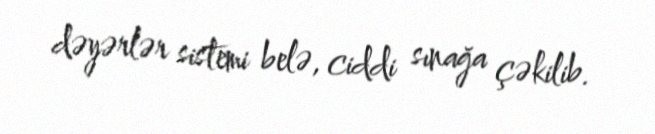
dəyərlər sistemi belə, ciddi sınağa çəkilib.